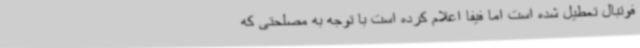
فوتبال تعطیل شده است اما فیفا اعلام کرده است با توجه به مصلحتی که